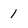
Character: 1